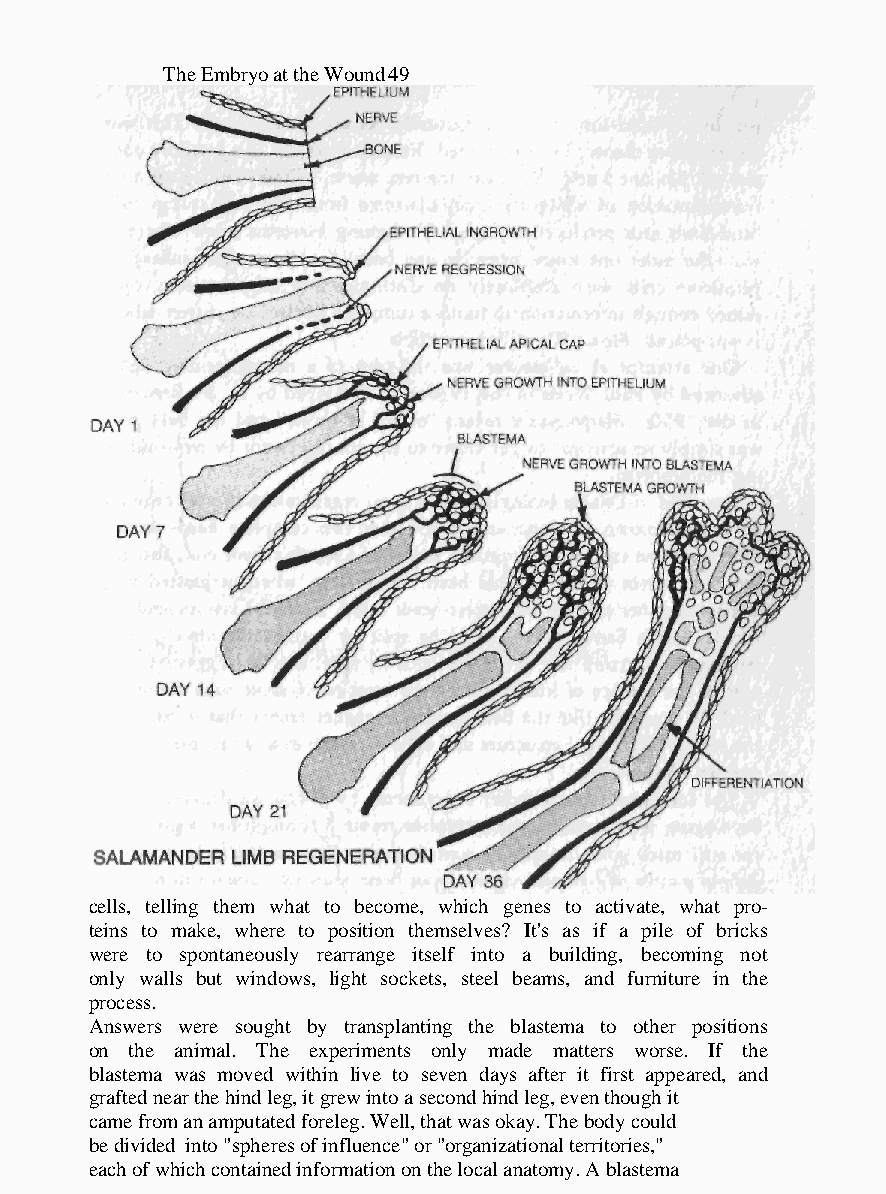
The Embryo at the Wound 49
 cells, telling them what to become, which genes to activate, what pro-
 teins to make, where to position themselves? It's as if a pile of bricks
 were to spontaneously rearrange itself into a building, becoming not
 only walls but windows, light sockets, steel beams, and furniture in the
 process.
 Answers were sought by transplanting the blastema to other positions
 on the animal. The experiments only made matters worse. If the
 blastema was moved within live to seven days after it first appeared, and
 grafted near the hind leg, it grew into a second hind leg, even though it
 came from an amputated foreleg. Well, that was okay. The body could
 be divided into "spheres of influence" or "organizational territories,"
 each of which contained information on the local anatomy. A blastema